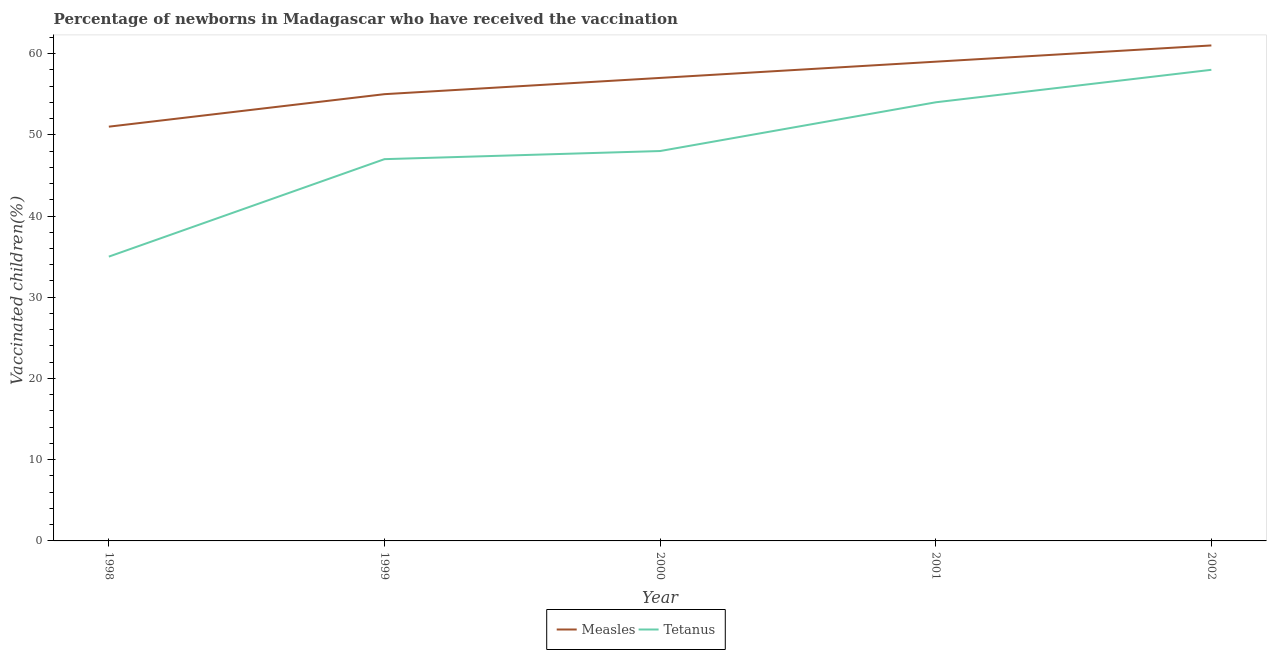
| Year | Measles | Tetanus |
 | --- | --- | --- |
 | 1998 | 51 | 35 |
 | 1999 | 55 | 47 |
 | 2000 | 57 | 48 |
 | 2001 | 59 | 54 |
 | 2002 | 61 | 58 |